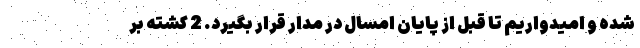
شده و امیدواریم تا قبل از پایان امسال در مدار قرار بگیرد. 2 کشته بر